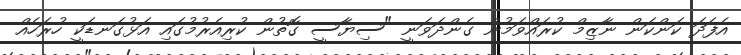
އެފަދަ ކަންކަން ނާޒިމް ކުރައްވަމުން ގެންދަވަނީ "ސިޔާސީ ގޮތުން ކުރިއެރުމުގައި އަޅުގަނޑަކީ ހުރަހެއް